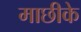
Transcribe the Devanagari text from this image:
माछीके